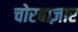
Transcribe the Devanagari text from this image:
चोरबाज़ार